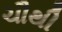
ચૌથી